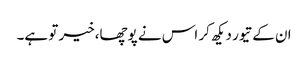
ان کے تیور دیکھ کر اس نے پوچھا،خیر تو ہے۔